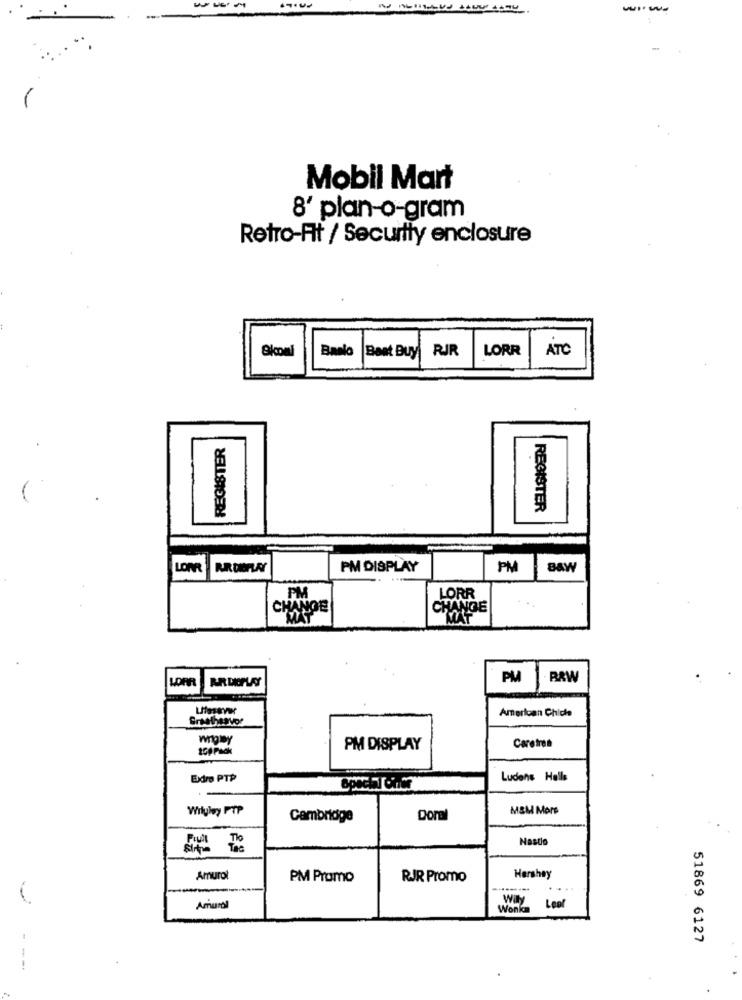
--
Mobil Mart
8' plan-o-gram
Retro-At / Security enclosure
Banlo
RJR
LORR
ATC
Best Buy
REGISTER
REGISTER
LOPR
PM DISPLAY
PM
BAW
PM
LORR
CHANGE
CHANGE
MAT
PM
BRW
LOHR
American Chiche
wrigley
201 Fack
PM DISPLAY
Caretres
Extro PTP
Ludens Halls
Wilyley FTP
MSM More
Cambridge
Doral
To
Nasto
Tac
Amurol
PM Promo
RJR Promo
Hershey
Amaral
Wonka
Lool
51869 6127
---